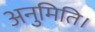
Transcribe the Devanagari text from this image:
अनुमिति।